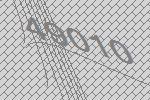
49010